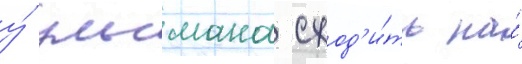
у́ ульмана сход'и́ть на́